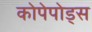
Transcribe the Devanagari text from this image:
कोपेपोड्स